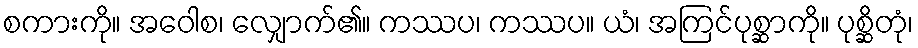
စကားကို။ အဝေါစ၊ လျှောက်၏။ ကဿပ၊ ကဿပ။ ယံ၊ အကြင်ပုစ္ဆာကို။ ပုစ္ဆိတုံ၊